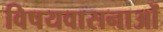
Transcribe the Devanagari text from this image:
विषयवासनाओं